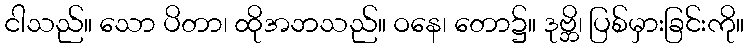
ငါသည်။ သော ပိတာ၊ ထိုအဘသည်။ ဝနေ၊ တော၌။ ဒုဗ္ဘိ၊ ပြစ်မှားခြင်းကို။